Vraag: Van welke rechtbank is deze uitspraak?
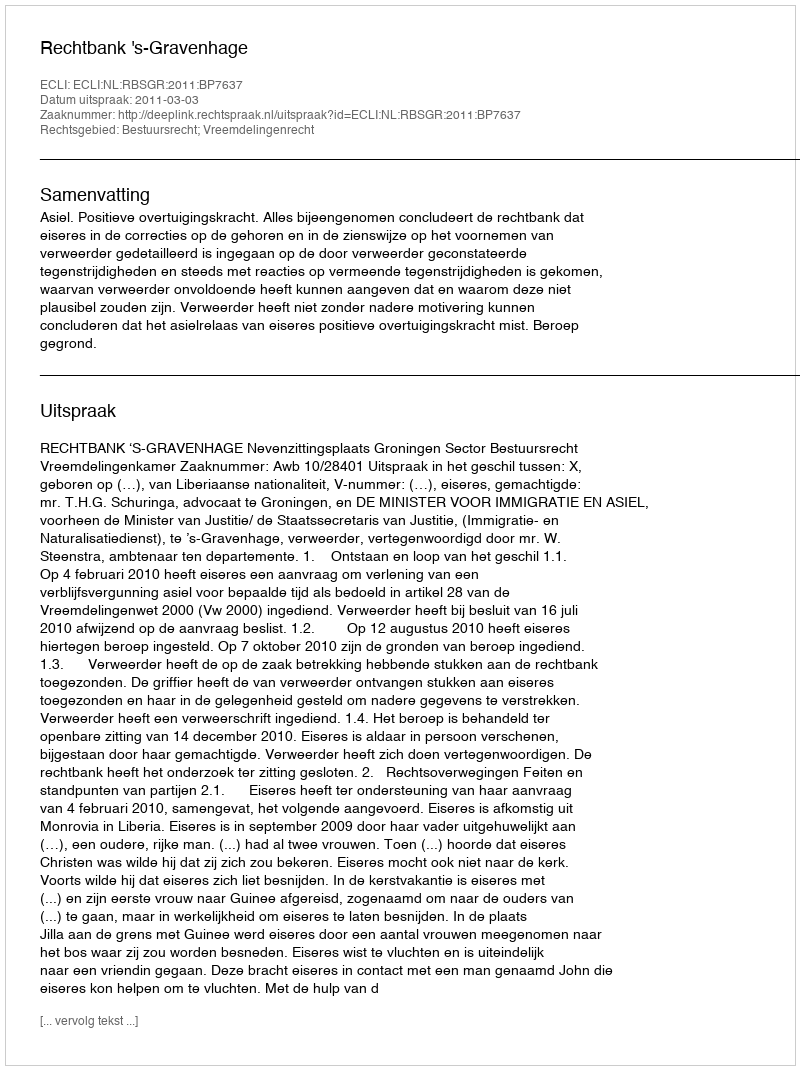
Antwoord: Rechtbank 's-Gravenhage